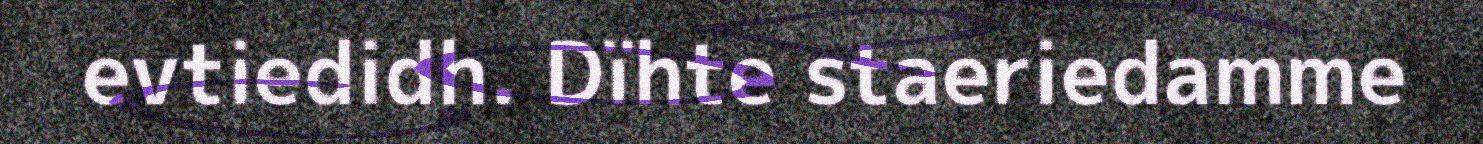
evtiedidh. Dïhte staeriedamme